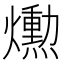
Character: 𤑛